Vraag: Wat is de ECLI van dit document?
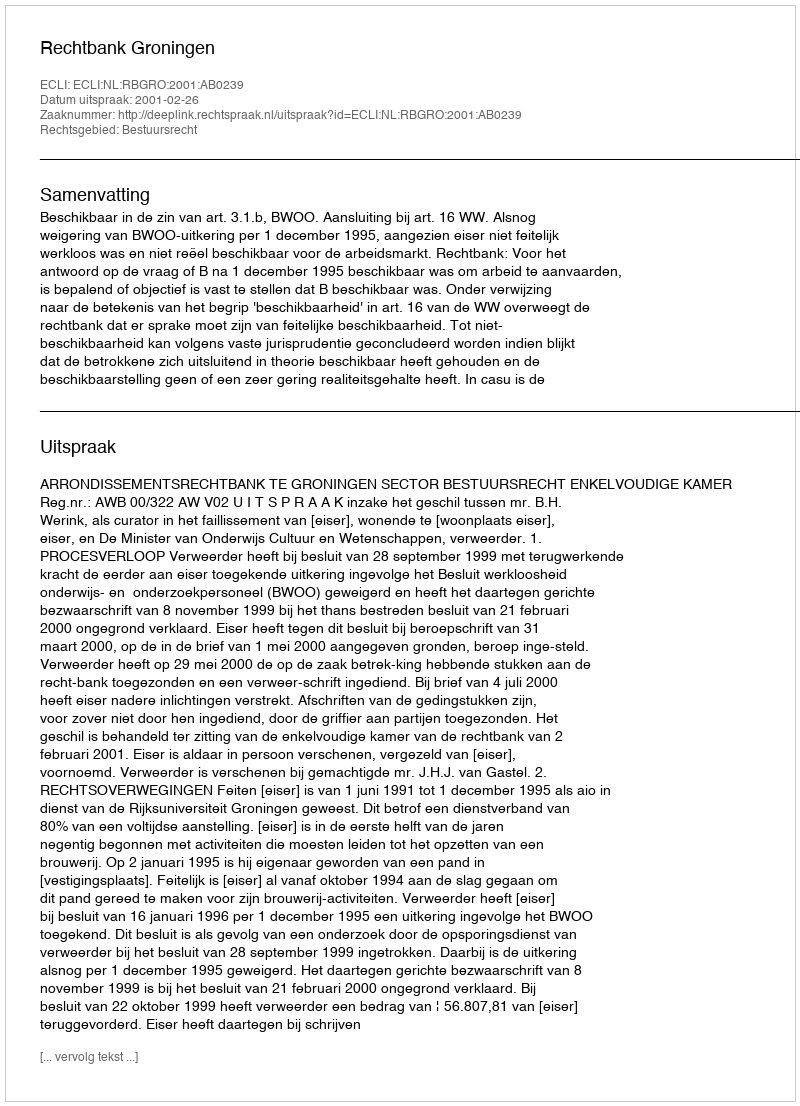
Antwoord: ECLI:NL:RBGRO:2001:AB0239